Insane asylums in Bengal annual reports 1876-1887 - 1876-1887
Year: 1876
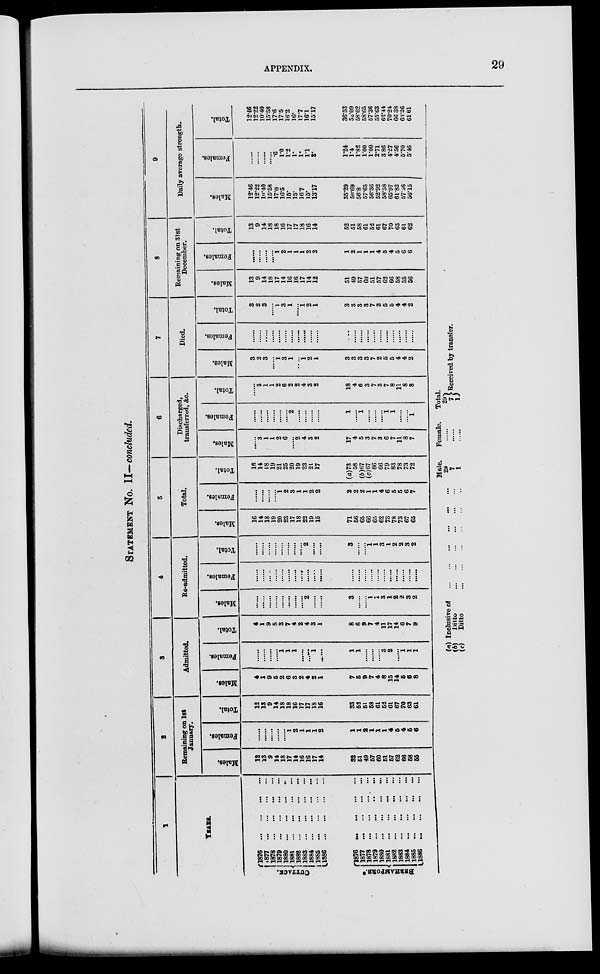
APPENDIX.
29
STATEMENT No. II—concluded.
1
YEARS.
CUTTACK.
BERHAMPORE *
1876 ... ... ... ...
1877
...
...
...
...
|l878 ... ... ... ...
|1879
...
...
...
...
1880 ... ... ... ...
1881 ... ... ... ...
1882 ... ... ... ...
1883
...
...
...
...
1884
...
...
...
...
|1885
...
...
...
...
1886 ... ... ... ...
1876 ... ... ... ...
1877 ... ... ... ...
1878 ... ... ... ...
1879 ... ... ... ...
1880
...
...
...
...
1881
...
...
...
...
1882 ... ... ... ...
1883 ... ... ... ...
1884 ... ... ... ...
1885 ... ... ... ...
1886
...
...
...
...
2
Remaining on 1st
January.
Males.
12
13
9
14
18
17
14
16
16
17
14
32
51
49
67
60
51
57
62
66
58
55
Females.
......
......
......
......
......
1
2
1
1
1
2
1
1
2
1
1
1
4
5
4
5
6
Total.
12
13
9
14
18
18
16
17
17
18
16
33
52
51
58
61
52
61
67
70
63
61
3
Admitted.
Males.
4
1
9
5
2
6
3
2
4
2
1
7
5
9
7
4
8
15
14
5
6
8
Females.
......
......
......
......
1
1
1
......
......
1
......
1
1
......
......
......
3
2
......
1
1
1
Total.
4
1
9
5
3
7
4
2
4
3
1
8
6
9
7
4
11
17
14
6
7
9
4
Re-admitted.
Males.
......
......
......
......
......
......
......
......
2
......
......
3
......
......
1
1
3
1
2
2
3
2
Females.
......
......
......
......
......
......
......
......
......
......
......
......
......
......
......
......
......
......
......
......
......
......
Total.
......
......
......
......
......
......
......
......
2
......
......
3
......
......
1
1
3
1
2
2
3
2
5
Total.
Males.
16
14
18
19
20
23
17
18
22
19
15
71
56
65
66
65
62
73
78
73
67
65
Females.
......
......
......
......
1
2
3
1
1
2
2
2
2
2
1
1
4
6
6
5
6
7
Total.
16
14
18
19
21
25
20
19
23
21
17
(a)73
58
b)67
(c)67
66
66
79
83
78
73
72
6
Discharged,
transferred, &c.
Males.
......
3
1
1
2
6
......
2
4
3
2
17
4
5
3
7
3
6
7
11
8
7
Females.
......
......
......
......
......
......
2
......
......
......
......
1
......
1
......
......
......
1
1
......
......
1
Total.
......
3
1
1
2
6
2
2
4
3
2
18
4
6
3
7
3
7
8
11
8
8
7
Died.
Males.
3
2
3
......
1
3
1
......
1
2
1
3
3
3
3
7
2
5
5
4
4
2
Females.
......
......
......
......
......
......
......
......
......
......
......
......
......
......
......
......
......
......
......
......
......
......
Total.
3
2
3
......
1
3
1
......
1
2
1
3
3
3
3
7
2
5
5
4
4
2
8
Remaining on 31st
December.
Males.
13
9
14
18
17
14
16
16
17
14
12
51
49
57
60
51
57
63
66
58
55
56
Females.
......
......
......
......
1
2
1
1
1
2
2
1
2
1
1
1
4
5
4
5
6
6
Total.
13
9
14
18
18
16
17
17
18
16
14
52
51
58
61
52
61
67
70
63
61
62
9
Daily average strength.
Males.
12.46
12.22
10.40
15.58
17.0
16.5
15.
15.
16.7
15*
13.17
35.29
50.69
56.8
57.65
56.36
52.92
58.58
65.97
61.82
67.66
56.15
Females.
......
......
......
......
.6
1.0
1.2
1.
1.
1.1
2.
1.24
1.4
1.82
100
1.00
2.71
3.86
4.27
4.56
5.70
5.46
Total.
12.46
12.22
10.40
15.58
17.6
17.5
16.2
16*
17.7
16.1
15.17
36.53
52.09
58.62
58.65
57.36
55.63
62.44
70.24
66 38
63.26
61.61
(a) Inclusive of ... ... ... ... ... ...
(b)
Ditto ... ... ... ... ... ...
(c)
Ditto ... ... ... ... ... ...
Male.
29
7
1
Female.
......
......
......
Total.
29
7
1
Received by transfer.